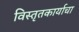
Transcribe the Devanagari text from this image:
विस्तृतकार्याचा